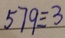
5 7 9 \div 3